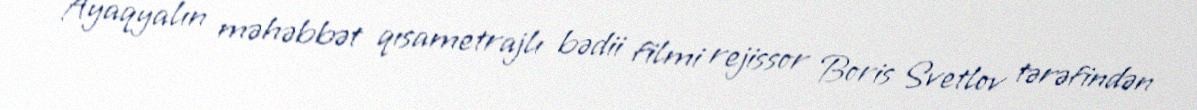
Ayaqyalın məhəbbət qısametrajlı bədii filmi rejissor Boris Svetlov tərəfindən